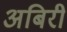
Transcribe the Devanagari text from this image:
अबिरी